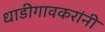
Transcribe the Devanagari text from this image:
धाडीगावकरांनी